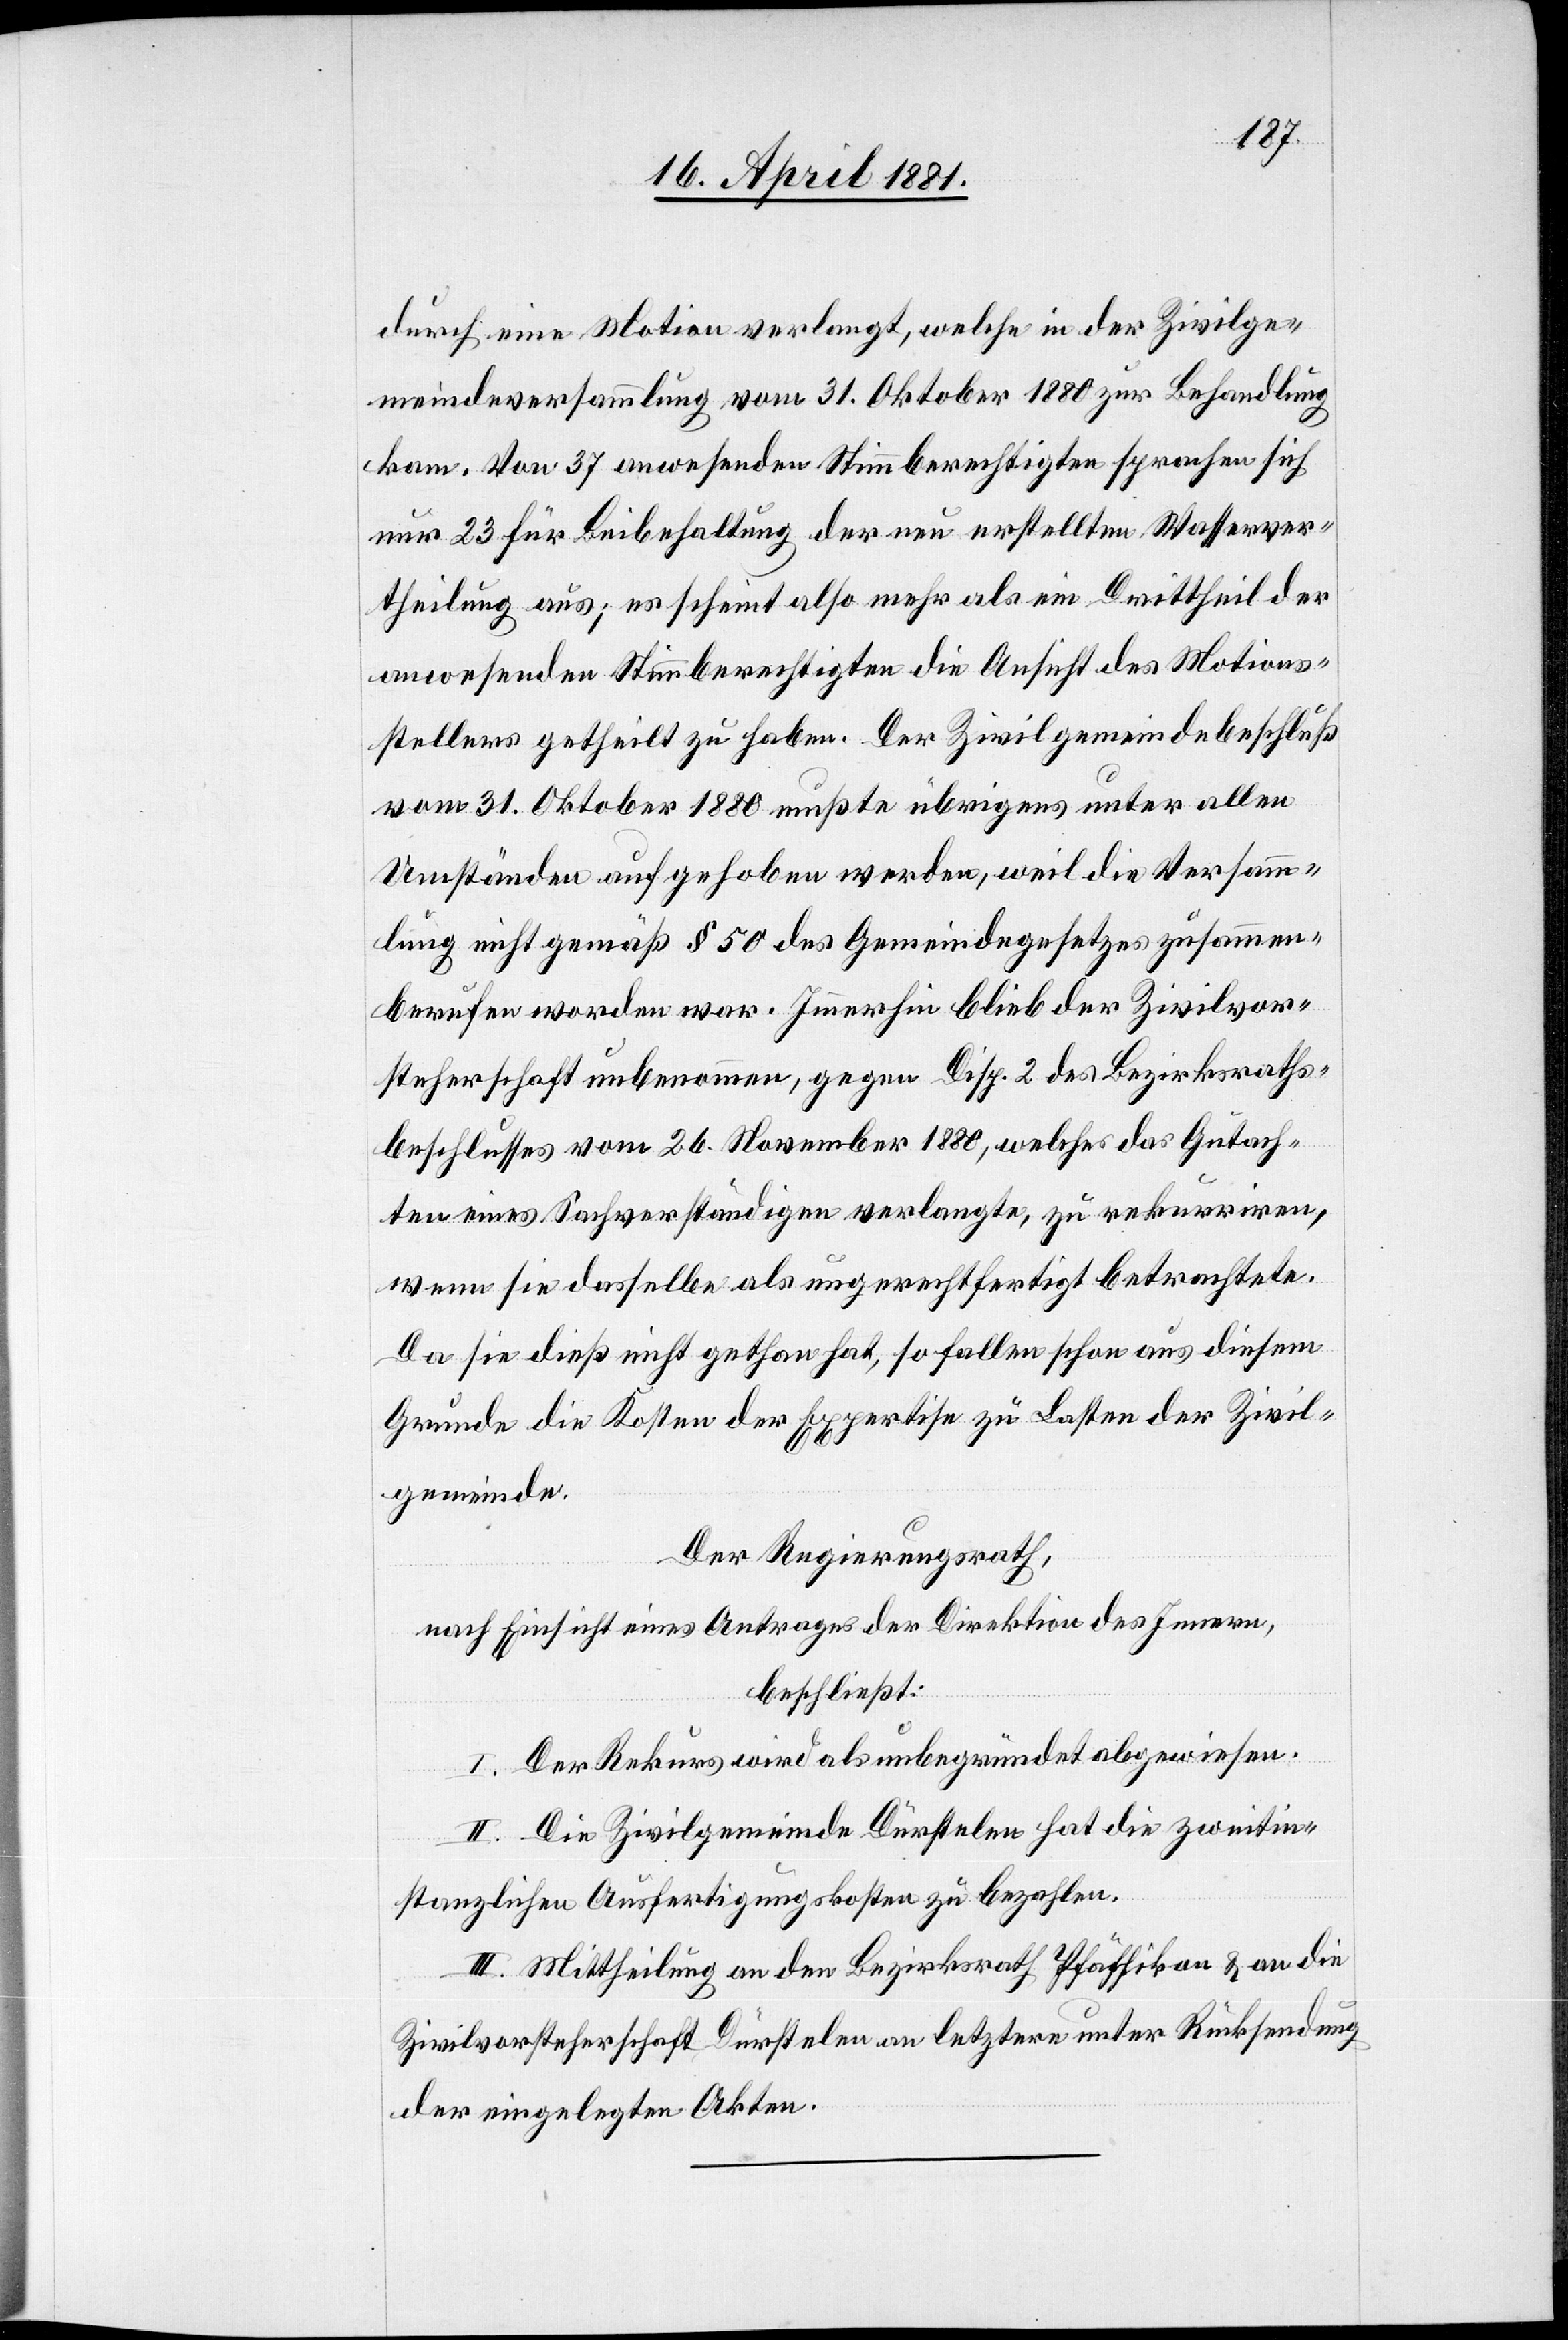
durch eine Motion verlangt, welche in der Zivilge¬
meindeversammlung vom 31. Oktober 1880 zur Behandlung
kam. Von 37 anwesenden Stimmberechtigten sprachen sich
nur 23 für Beibehaltung der neu erstellten Wasserver¬
theilung aus; es scheint also mehr als ein Drittheil der
anwesenden Stimmberechtigten die Ansicht des Motions¬
stellers getheilt zu haben. Der Zivilgemeindebeschluß
vom 31. Oktober 1880 mußte übrigens unter allen
Umständen aufgehoben werden, weil die Versamm¬
lung nicht gemäß § 50 des Gemeindegesetzes zusammen¬
berufen worden war. Immerhin blieb der Zivilvor¬
steherschaft unbenommen, gegen Disp. 2 des Bezirksraths¬
beschlusses vom 26 November 1880, welcher das Gutach¬
ten eines Sachverständigen verlangte, zu rekurriren,
wenn sie dasselbe als ungerechtfertigt betrachtete.
Da sie dies nicht gethan hat, so fallen schon aus diesem
Grunde die Kosten der Expertise zu Lasten der Zivil¬
gemeinde.
Der Regierungsrath,
nach Einsicht eines Antrages der Direktion des Innern,
beschließt:
I. Der Rekurs wird als unbegründet abgewiesen.
II. Die Zivilgemeinde Dürstelen hat die zweitin¬
stanzlichen Ausfertigungskosten zu bezahlen.
III. Mittheilung an den Bezirksrath Pfäffikon & an die
Zivilvorsteherschaft Dürstelen an letztere unter Rücksendung
der eingelegten Akten.